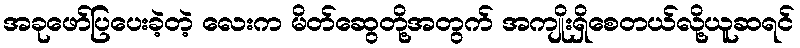
အခုဖော်ပြပေးခဲ့တဲ့ လေးက မိတ်ဆွေတို့အတွက် အကျိုးရှိစေတယ်လို့ယူဆရင်